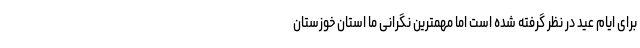
برای ایام عید در نظر گرفته شده است اما مهمترین نگرانی ما استان خوزستان